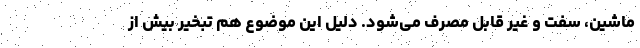
ماشین، سفت و غیر قابل مصرف می‌شود. دلیل این موضوع هم تبخیر بیش از